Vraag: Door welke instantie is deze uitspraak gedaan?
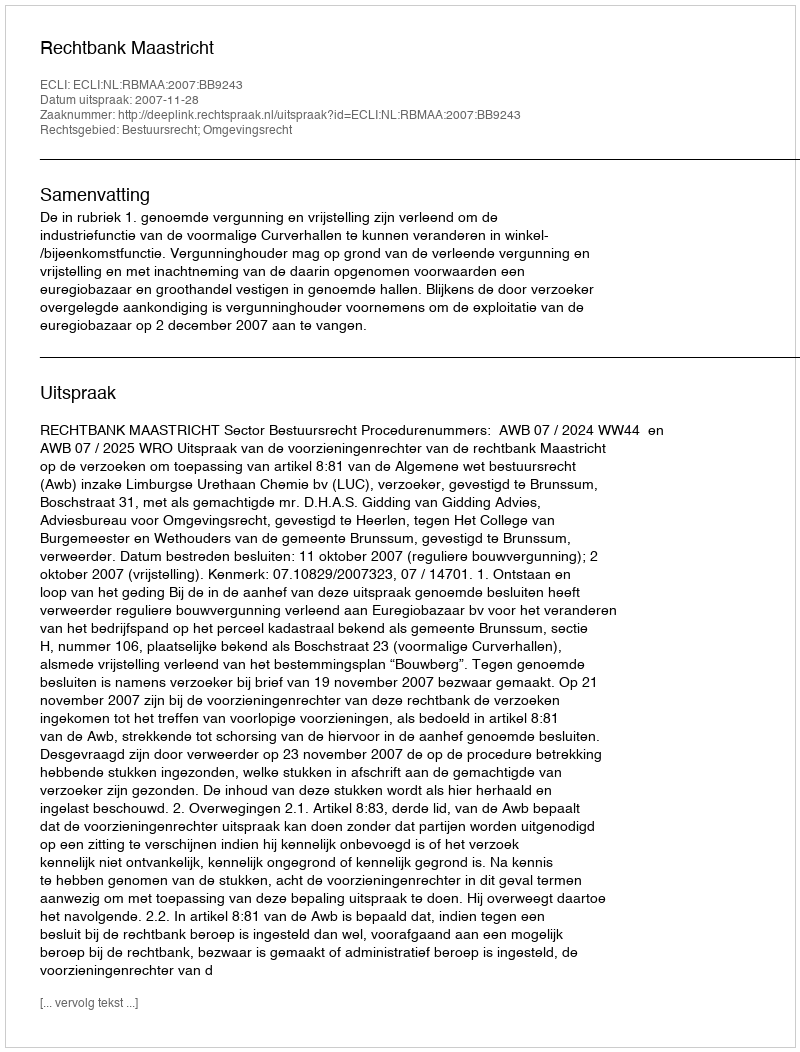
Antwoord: Rechtbank Maastricht